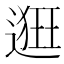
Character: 𨖢